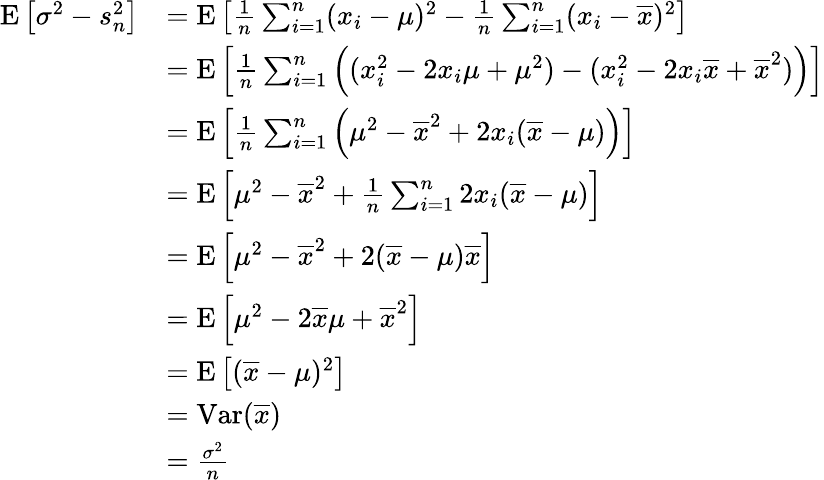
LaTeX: {\begin{array}{rl}{\operatorname{E}\left[\sigma^{2}-s_{n}^{2}\right]}&{=\operatorname{E}\left[{\frac{1}{n}}\sum_{i=1}^{n}(x_{i}-\mu)^{2}-{\frac{1}{n}}\sum_{i=1}^{n}(x_{i}-{\overline{{x}}})^{2}\right]}\\ &{=\operatorname{E}\left[{\frac{1}{n}}\sum_{i=1}^{n}\left((x_{i}^{2}-2x_{i}\mu+\mu^{2})-(x_{i}^{2}-2x_{i}{\overline{{x}}}+{\overline{{x}}}^{2})\right)\right]}\\ &{=\operatorname{E}\left[{\frac{1}{n}}\sum_{i=1}^{n}\left(\mu^{2}-{\overline{{x}}}^{2}+2x_{i}({\overline{{x}}}-\mu)\right)\right]}\\ &{=\operatorname{E}\left[\mu^{2}-{\overline{{x}}}^{2}+{\frac{1}{n}}\sum_{i=1}^{n}2x_{i}({\overline{{x}}}-\mu)\right]}\\ &{=\operatorname{E}\left[\mu^{2}-{\overline{{x}}}^{2}+2({\overline{{x}}}-\mu){\overline{{x}}}\right]}\\ &{=\operatorname{E}\left[\mu^{2}-2{\overline{{x}}}\mu+{\overline{{x}}}^{2}\right]}\\ &{=\operatorname{E}\left[({\overline{{x}}}-\mu)^{2}\right]}\\ &{=\operatorname{Var}({\overline{{x}}})}\\ &{={\frac{\sigma^{2}}{n}}}\end{array}}